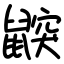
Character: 鼵